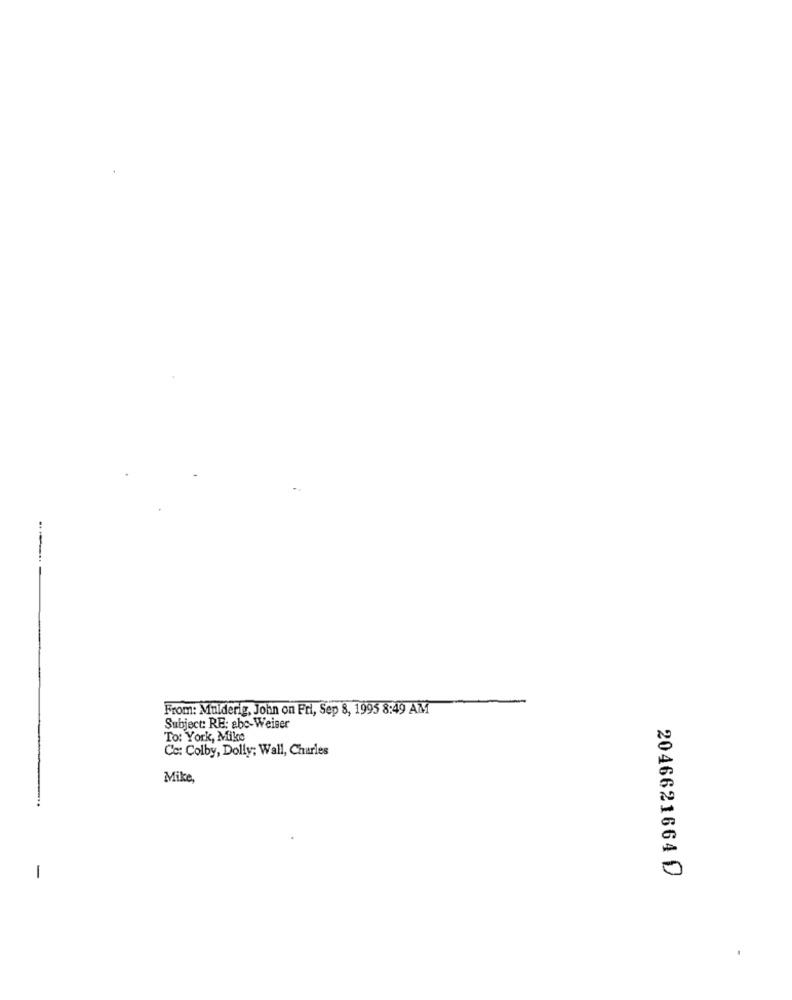
From: Mulderig, John on Fri, Sep 8, 1995 8:49 AM
Subject: RE: abc-Weiser
To: York, Mike
Cc: Colby, Dolly; Wall, Charles
Mike,
-
2046621664 D